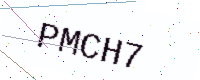
Text: PMCH7